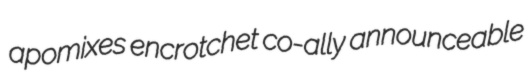
apomixes encrotchet co-ally announceable